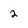
Character: 2